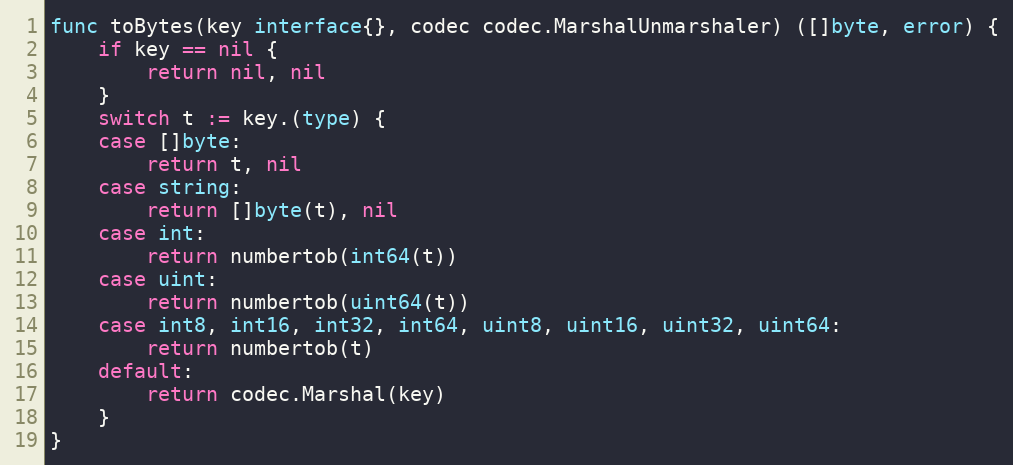
Language: Go
func toBytes(key interface{}, codec codec.MarshalUnmarshaler) ([]byte, error) {
	if key == nil {
		return nil, nil
	}
	switch t := key.(type) {
	case []byte:
		return t, nil
	case string:
		return []byte(t), nil
	case int:
		return numbertob(int64(t))
	case uint:
		return numbertob(uint64(t))
	case int8, int16, int32, int64, uint8, uint16, uint32, uint64:
		return numbertob(t)
	default:
		return codec.Marshal(key)
	}
}